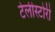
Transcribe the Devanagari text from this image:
टेलीस्टोरी